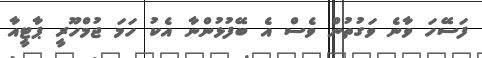
ފަސޭހަ ވާނެ ވަގުތުން ވެސް އެ ބޭފުޅުންނާ އެކު ހަމަ ޖުމްހޫރީ ޕާޓީއާ